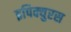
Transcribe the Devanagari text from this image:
इपिक्युरस